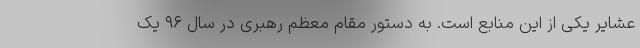
عشایر یکی از این منابع است. به دستور مقام معظم رهبری در سال ۹۶ یک